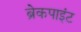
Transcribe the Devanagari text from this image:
ब्रेकपाइंट